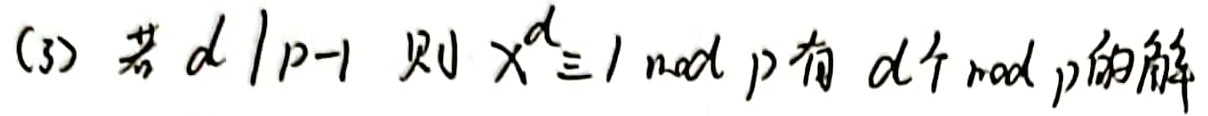
(3) 若 \(d\mid p - 1\)，则 \(x^{d}\equiv 1\pmod{p}\) 有 \(d\) 个 \(\bmod\ p\) 的解